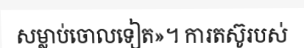
សម្លាប់ចោលទៀត»។ ការតស៊ូរបស់